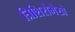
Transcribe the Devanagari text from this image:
त्रिशिरोभैखे